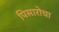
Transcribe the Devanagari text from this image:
पिसारोचा